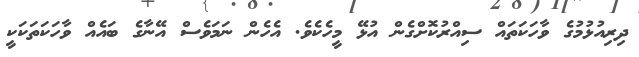
ދިރިއުޅުމުގެ ވާހަކަތައް ސިއްރުކޮށްގެން އުޅޭ މީހެކެވެ. އެހެން ނަމަވެސް އޭނާގެ ބައެއް ވާހަކަތަކަކީ